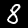
Digit: 8